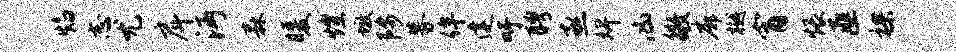
焰志尤戽沔森暖煌墩陟募侔建吁聘亟婢凶徵廓樾宵煨匪裸